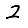
Digit: 2